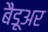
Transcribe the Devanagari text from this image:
बैडूअर